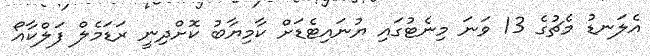
އެލަނޑު މެޗުގެ 13 ވަނަ މިނެޓުގައި ޔުނައިޓެޑަށް ކާމިޔާބު ކޮށްދިނީ ރަޑަމެލް ފަލްކާއޯ